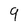
Character: 9